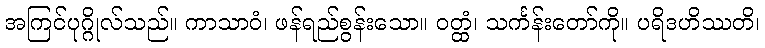
အကြင်ပုဂ္ဂိုလ်သည်။ ကာသာဝံ၊ ဖန်ရည်စွန်းသော။ ဝတ္ထံ၊ သင်္ကန်းတော်ကို။ ပရိဒဟိဿတိ၊